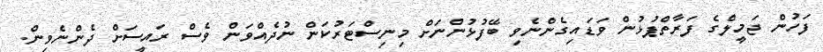
ފަހުން ޖަމީލްގެ ފަރާތްޕުޅުން ވަޑައިގެންނެވި ބޭފުޅުންނަށް މިނިސްޓަރުކަން ނުދެއްވަން ވެސް ރައީސަށް ދެންނެވިން.